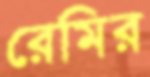
রেমির